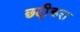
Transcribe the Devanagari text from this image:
छटी्करा